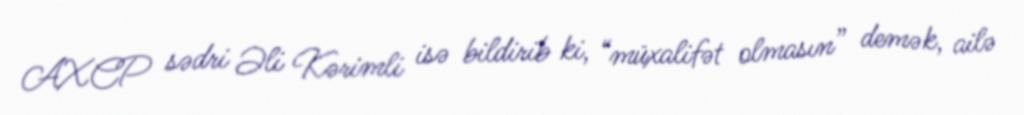
AXCP sədri Əli Kərimli isə bildirib ki, “müxalifət olmasın” demək, ailə